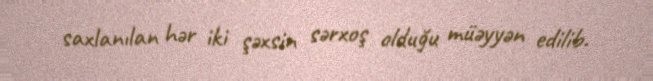
saxlanılan hər iki şəxsin sərxoş olduğu müəyyən edilib.